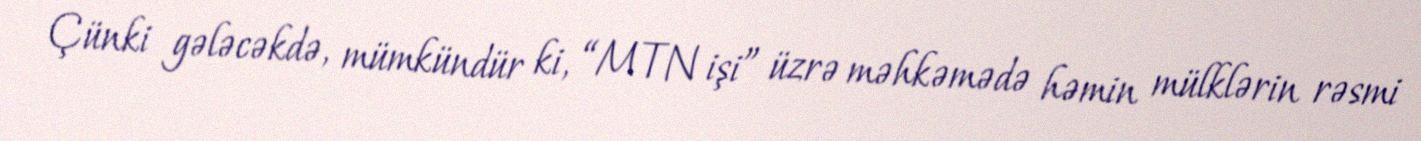
Çünki gələcəkdə, mümkündür ki, “MTN işi” üzrə məhkəmədə həmin mülklərin rəsmi